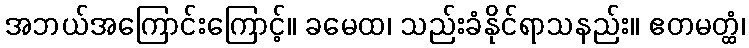
အဘယ်အကြောင်းကြောင့်။ ခမေထ၊ သည်းခံနိုင်ရာသနည်း။ ဧတမတ္ထံ၊